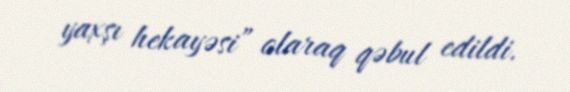
yaxşı hekayəsi” olaraq qəbul edildi.